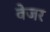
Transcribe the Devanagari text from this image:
वेजर